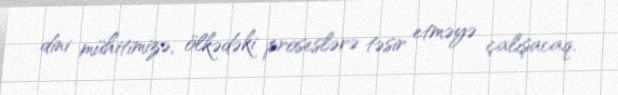
dini mühitimizə, ölkədəki proseslərə təsir etməyə çalışacaq.